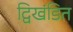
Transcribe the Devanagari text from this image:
द्विखंडित